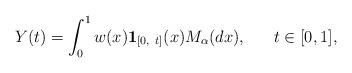
LaTeX: \begin{align*}Y(t)=\int_0^1 w(x)\mathbf{1}_{[0,\ t]}(x)M_\alpha ( dx), \ \ \ \ \ t \in [0, 1],\end{align*}